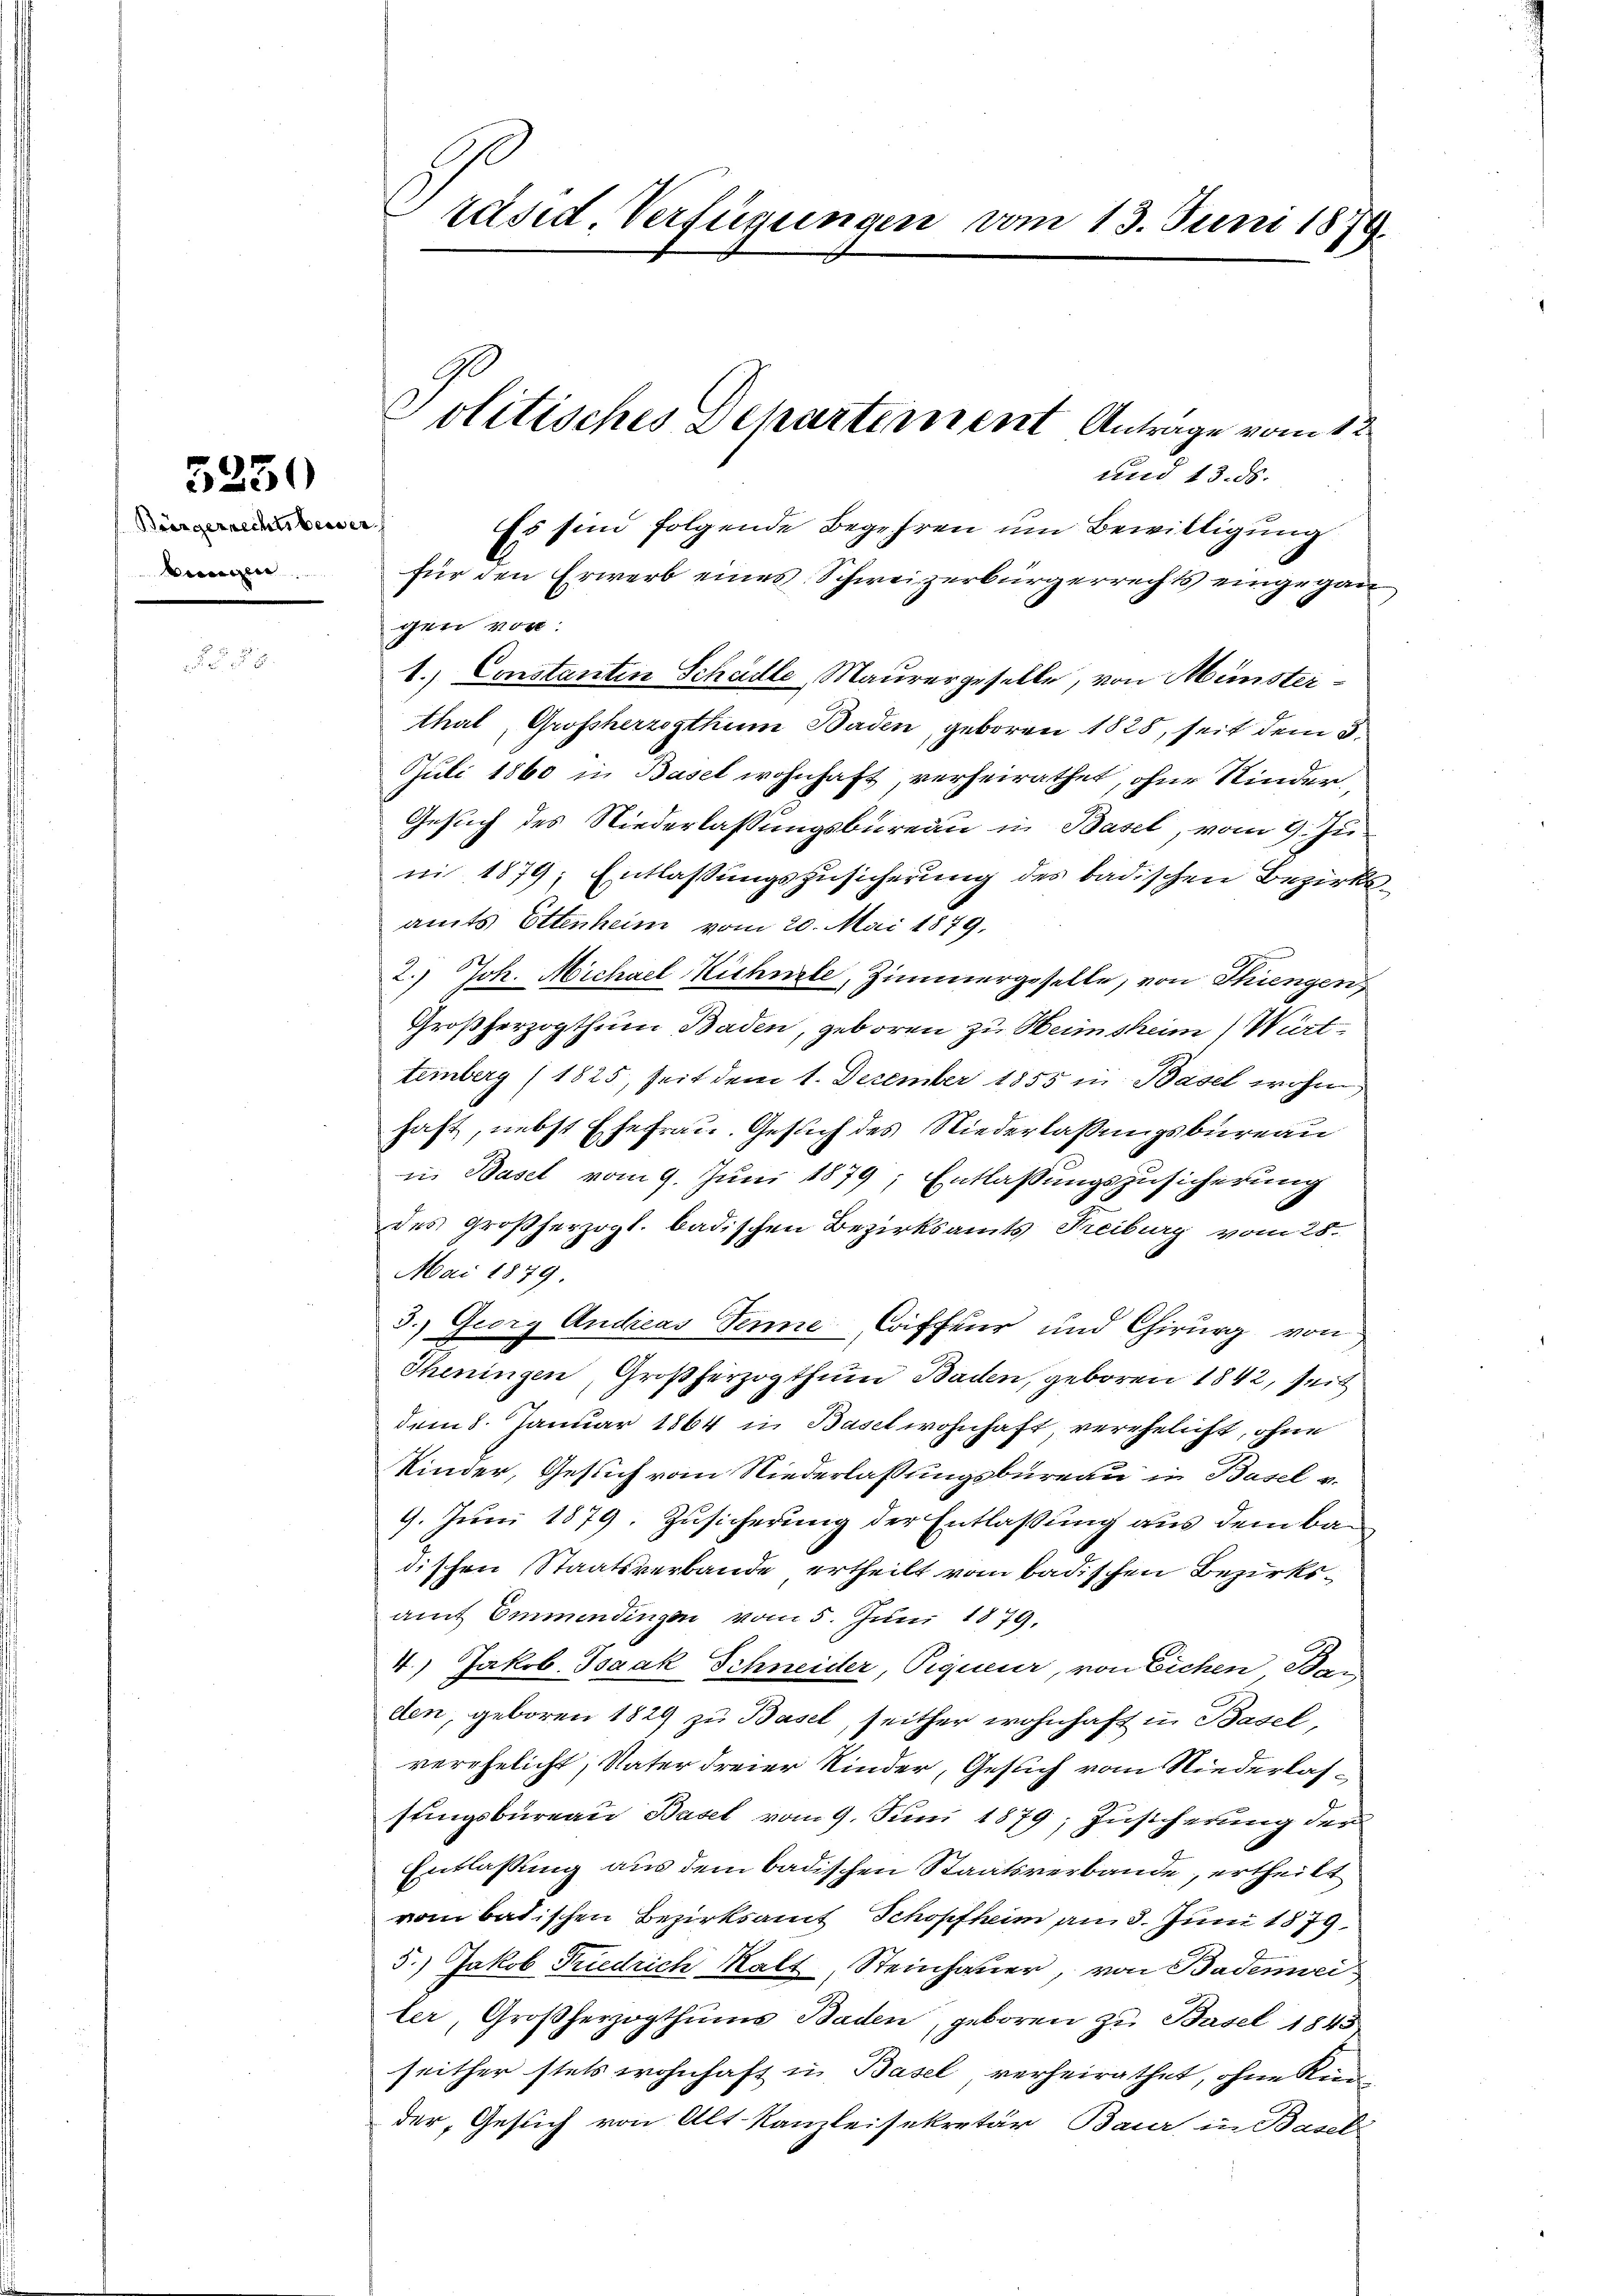
Brärgerrechts beider
kungen.

5230

räsid. Verfügungen vom 13. Juni 1879.

und 13. ds.
Es sind folgende Begehren um Bewilligung
für den Erwerb eines Schweizerbürgerrechts eingegangen vor.
1.) Constantin Schädle, Maurergeselle, von Münsterthal, Großherzogthum Baden, geboren 1828, seit dem S
Juli 1860 in Basel wohnhaft, verheirathet, ohne Kinder,
Gesuch des Niederlassungsbureau in Basel, vom 9. Ju
ni 1879; Entlassungszusicherung des badischen Bezirksamts Ettenheim vom 20. Mai 1879,
2.) Joh. Michael Kichnete, Zimmergeselle, von Thiengen
Großherzogthum Baden, geboren zu Heimsheim Württemberg (1825, seit dem 1. Dezember 1855 in Basel wohin
hast, nebst Ehefrau. Gesuch des Niederlassungsbureau
in Basel vom 9. Juni 1879; Entlassungszusicherung
des Großherzogl. badischen Bezirksamts Treiburg vom 28.
Mai 1879
3. Georg Andicas Senne, Coiffeur und Chirurg von
Theningen, Großherzogthum Baden, geboren 1842, seit
dem 8. Januar 1864 in Basel wohnhaft verehelicht, ohne
Kinder, Gesuch vom Niederlassungsbureau in Basel v.
9. Juni 1879. Zusicherung der Entlassung aus dem Badischen Staatsverbande ertheilt vom badischen Bezirksamt Emmendingen vom 5. Juni 1879,
4.) Jakob Isaak Schneider, Piquer, von Eichen Ban
den, geboren 1829 zu Basel, seither wohnhaft in Basel
verehelicht, Vater dreier Kinder, Gesuch vom Niederlasstingsbureau Basel vom 9. Juni 1879; Zusicherung der
Entlassung aus dem badischen Staatsverbande, ertheilt
vom badischen Bezirksamt Schopfheim am 3. Juni 1879.
5.) Jakob Friedrich Kalt, Steinhauer, von Bademei
ler, Großherzogthums Baden, geboren zu Basel 1843
seither stets wohnhaft in Basel, verheirathet, ohne Krei
der, Gesuch von Alt-Kanzleisekretär Baur in Basel

olitisches Departement Antrage vom 12